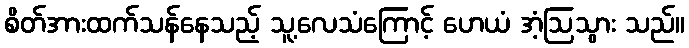
စိတ်အားထက်သန်နေသည့် သူ့လေသံကြောင့် ဟေယံ အံ့ဩသွား သည်။